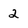
Character: 2